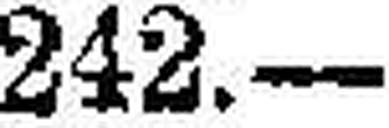
242.—